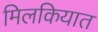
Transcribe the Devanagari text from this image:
मिलकियात